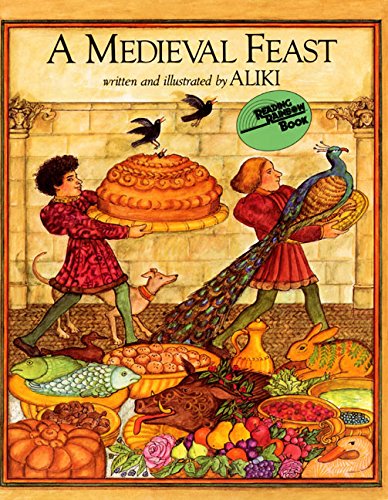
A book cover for A Medieval Feast (Reading Rainbow Book); Aliki; Children's Books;